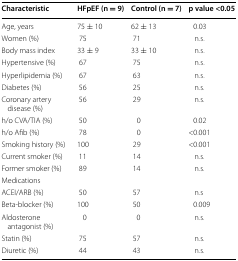
<table><thead><tr><td><b>Characteristic</b></td><td><b>HFpEF (n = 9)</b></td><td><b>Control (n = 7)</b></td><td><b>p value &lt;0.05</b></td></tr></thead><tbody><tr><td>Age, years</td><td>75 ± 10</td><td>62 ± 13</td><td>0.03</td></tr><tr><td>Women (%)</td><td>75</td><td>71</td><td>n.s.</td></tr><tr><td>Body mass index</td><td>33 ± 9</td><td>33 ± 10</td><td>n.s.</td></tr><tr><td>Hypertensive (%)</td><td>67</td><td>75</td><td>n.s.</td></tr><tr><td>Hyperlipidemia (%)</td><td>67</td><td>63</td><td>n.s.</td></tr><tr><td>Diabetes (%)</td><td>56</td><td>25</td><td>n.s.</td></tr><tr><td>Coronary artery disease (%)</td><td>56</td><td>29</td><td>n.s.</td></tr><tr><td>h/o CVA/TIA (%)</td><td>50</td><td>0</td><td>0.02</td></tr><tr><td>h/o Afib (%)</td><td>78</td><td>0</td><td>&lt;0.001</td></tr><tr><td>Smoking history (%)</td><td>100</td><td>29</td><td>&lt;0.001</td></tr><tr><td>Current smoker (%)</td><td>11</td><td>14</td><td>n.s.</td></tr><tr><td>Former smoker (%)</td><td>89</td><td>14</td><td>n.s.</td></tr><tr><td colspan="4">Medications</td></tr><tr><td>ACEI/ARB (%)</td><td>50</td><td>57</td><td>n.s</td></tr><tr><td>Beta-blocker (%)</td><td>100</td><td>50</td><td>0.009</td></tr><tr><td>Aldosterone antagonist (%)</td><td>0</td><td>0</td><td>n.s.</td></tr><tr><td>Statin (%)</td><td>75</td><td>57</td><td>n.s.</td></tr><tr><td>Diuretic (%)</td><td>44</td><td>43</td><td>n.s.</td></tr></tbody></table>